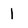
Character: 1